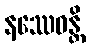
နဿေဝန္တိ